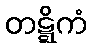
တဋ္ဋိကံ